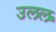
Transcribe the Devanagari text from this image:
उलल